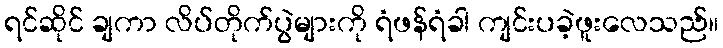
ရင်ဆိုင် ချကာ လိပ်တိုက်ပွဲများကို ရံဖန်ရံခါ ကျင်းပခဲ့ဖူးလေသည်။